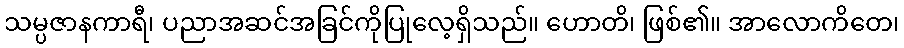
သမ္ပဇာနကာရီ၊ ပညာအဆင်အခြင်ကိုပြုလေ့ရှိသည်။ ဟောတိ၊ ဖြစ်၏။ အာလောကိတေ၊